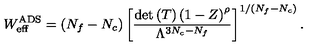
W _ { \mathrm { e f f } } ^ { \mathrm { A D S } } = ( N _ { f } - N _ { c } ) \left[ \frac { \mathrm { d e t } \left( T \right) \left( 1 - Z \right) ^ { \rho } } { \Lambda ^ { 3 N _ { c } - N _ { f } } } \right] ^ { 1 / ( N _ { f } - N _ { c } ) } .